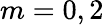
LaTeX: m=0,2